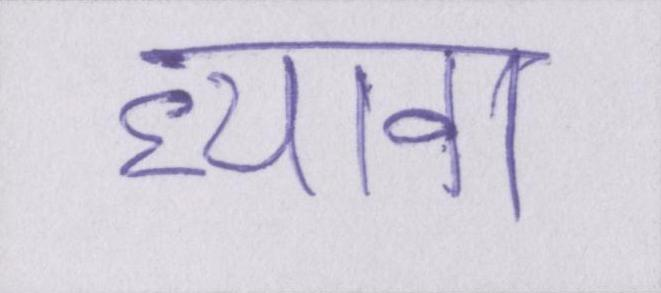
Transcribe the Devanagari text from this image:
ध्यावा